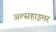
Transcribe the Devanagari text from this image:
अल्सहाइमर